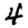
Digit: 4